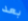
بعد